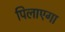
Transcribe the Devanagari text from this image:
पिलाएगा